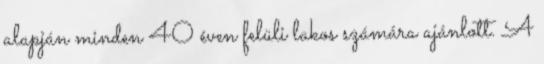
alapján minden 40 éven felüli lakos számára ajánlott. A